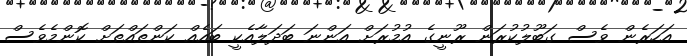
އަހަރެން ވެސް ގަބޫލުކުރަން ރޫނީގެ އުމުރަށް އަންނަ ބަދަލާއެކީ ބައެއް ކަންތައްތަށް ކޮންމެވެސް